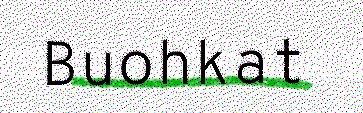
Buohkat